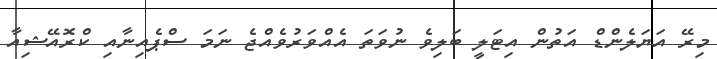
މިރޭ އަޔަލެންޑް އަތުން އިޓަލީ ބަލިވެ ނުވަތަ އެއްވަރުވެއްޖެ ނަމަ ސްޕެއިނާއި ކްރޮއޭޝިއާ